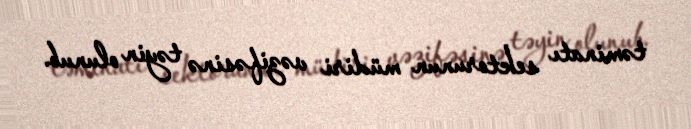
təminatı sektorunun müdiri vəzifəsinə təyin olunub.